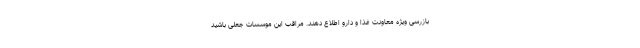
بازرسی ویژه معاونت غذا و دارو اطلاع دهند. مراقب این موسسات جعلی باشید